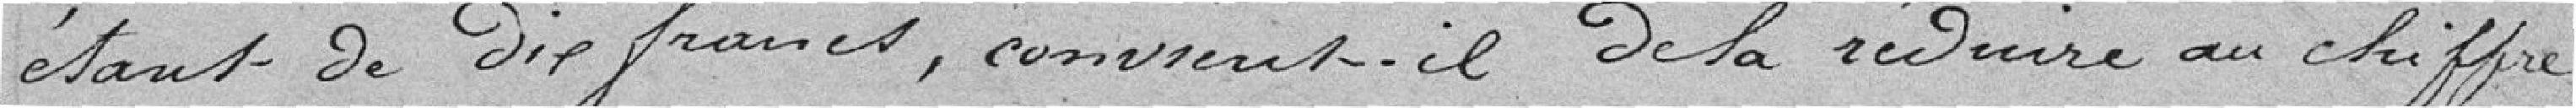
étant de dix francs, convient-il de la réduire au chiffre